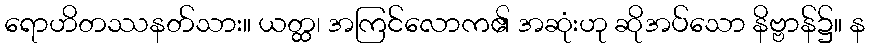
ရောဟိတဿနတ်သား။ ယတ္ထ၊ အကြင်လောက၏ အဆုံးဟု ဆိုအပ်သော နိဗ္ဗာန်၌။ န